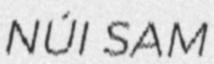
NÚI SAM